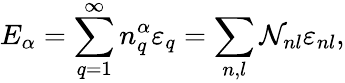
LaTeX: {E}_{\alpha}=\sum_{q=1}^{\infty}{n}_{q}^{\alpha}{\varepsilon}_{q}=\sum_{n,l}{\mathcal{N}}_{nl}{\varepsilon}_{nl},